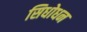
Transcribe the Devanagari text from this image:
सिधोधन